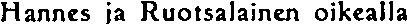
Hannes ja Ruotsalainen oikealla